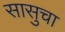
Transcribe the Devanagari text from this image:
सासुचा